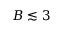
B \lesssim 3